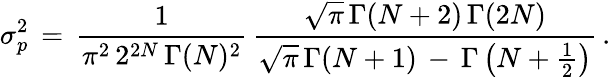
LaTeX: \begin{array}{l}{\displaystyle\sigma_{p}^{2}\, =\, \frac{1}{\pi^{2}\, 2^{2N}\, \Gamma(N)^{2}}\, \frac{\sqrt\pi\, \Gamma(N+2)\, {\Gamma(2N)}}{\sqrt\pi\, \Gamma(N+1)\, -\, {\Gamma\left(N+\frac 12\right)}}\, .}\end{array}